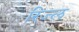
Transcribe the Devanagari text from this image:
रिज्ल